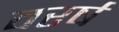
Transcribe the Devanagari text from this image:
वरर्ष